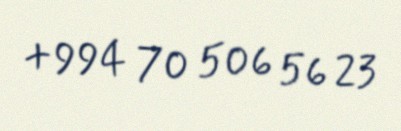
+994 70 506 56 23